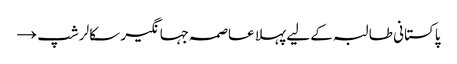
پاکستانی طالبہ کے لیے پہلا عاصمہ جہانگیر سکالرشپ →